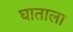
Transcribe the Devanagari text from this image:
घाताला